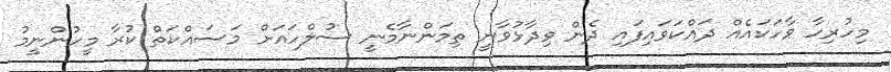
މިހުރިހާ ވާހަކައެއް ދައްކަވައިފައި ދެން ވިދާޅުވާނީ ތިމަންނާމެނީ ސުލްހައަށް މަސައްކަތް ކުރާ މީހުންނީމު